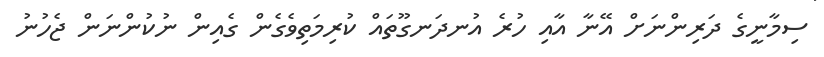
ސިމާނީގެ ދަރިންނަށް އޭނާ އާއި ހުރެ އުނދަނގޫތައް ކުރިމަތިވެގެން ގެއިން ނުކުންނަން ޖެހުނު